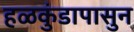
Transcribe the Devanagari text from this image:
हळकुंडापासुन